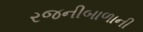
રજનીબાળાની